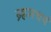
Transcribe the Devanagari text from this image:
ब्र्हमचर्य